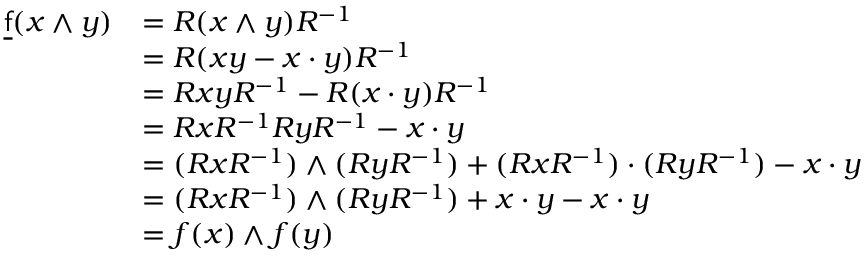
{ \begin{array} { r l } { { \underline { { \mathsf { f } } } } ( x \wedge y ) } & { = R ( x \wedge y ) R ^ { - 1 } } \\ & { = R ( x y - x \cdot y ) R ^ { - 1 } } \\ & { = R x y R ^ { - 1 } - R ( x \cdot y ) R ^ { - 1 } } \\ & { = R x R ^ { - 1 } R y R ^ { - 1 } - x \cdot y } \\ & { = ( R x R ^ { - 1 } ) \wedge ( R y R ^ { - 1 } ) + ( R x R ^ { - 1 } ) \cdot ( R y R ^ { - 1 } ) - x \cdot y } \\ & { = ( R x R ^ { - 1 } ) \wedge ( R y R ^ { - 1 } ) + x \cdot y - x \cdot y } \\ & { = f ( x ) \wedge f ( y ) } \end{array} }